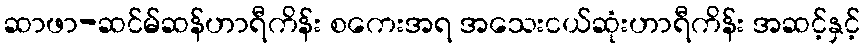
ဆာဖာ-ဆင်မ်ဆန်ဟာရီကိန်း စကေးအရ အသေးငယ်ဆုံးဟာရီကိန်း အဆင့်နှင့်